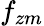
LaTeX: f_{zm}